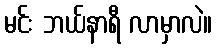
မင်း ဘယ်နာရီ လာမှာလဲ။